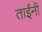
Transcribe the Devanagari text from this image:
ताईंनी